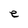
Character: e